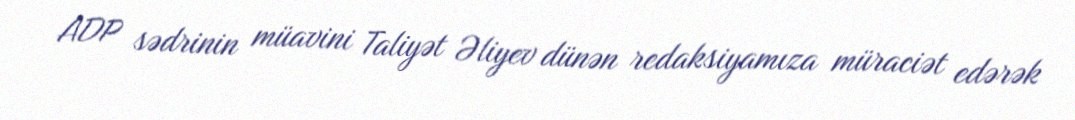
ADP sədrinin müavini Taliyət Əliyev dünən redaksiyamıza müraciət edərək